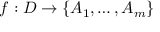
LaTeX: f : D \rightarrow \{ A _ { 1 } , \dots , A _ { m } \}